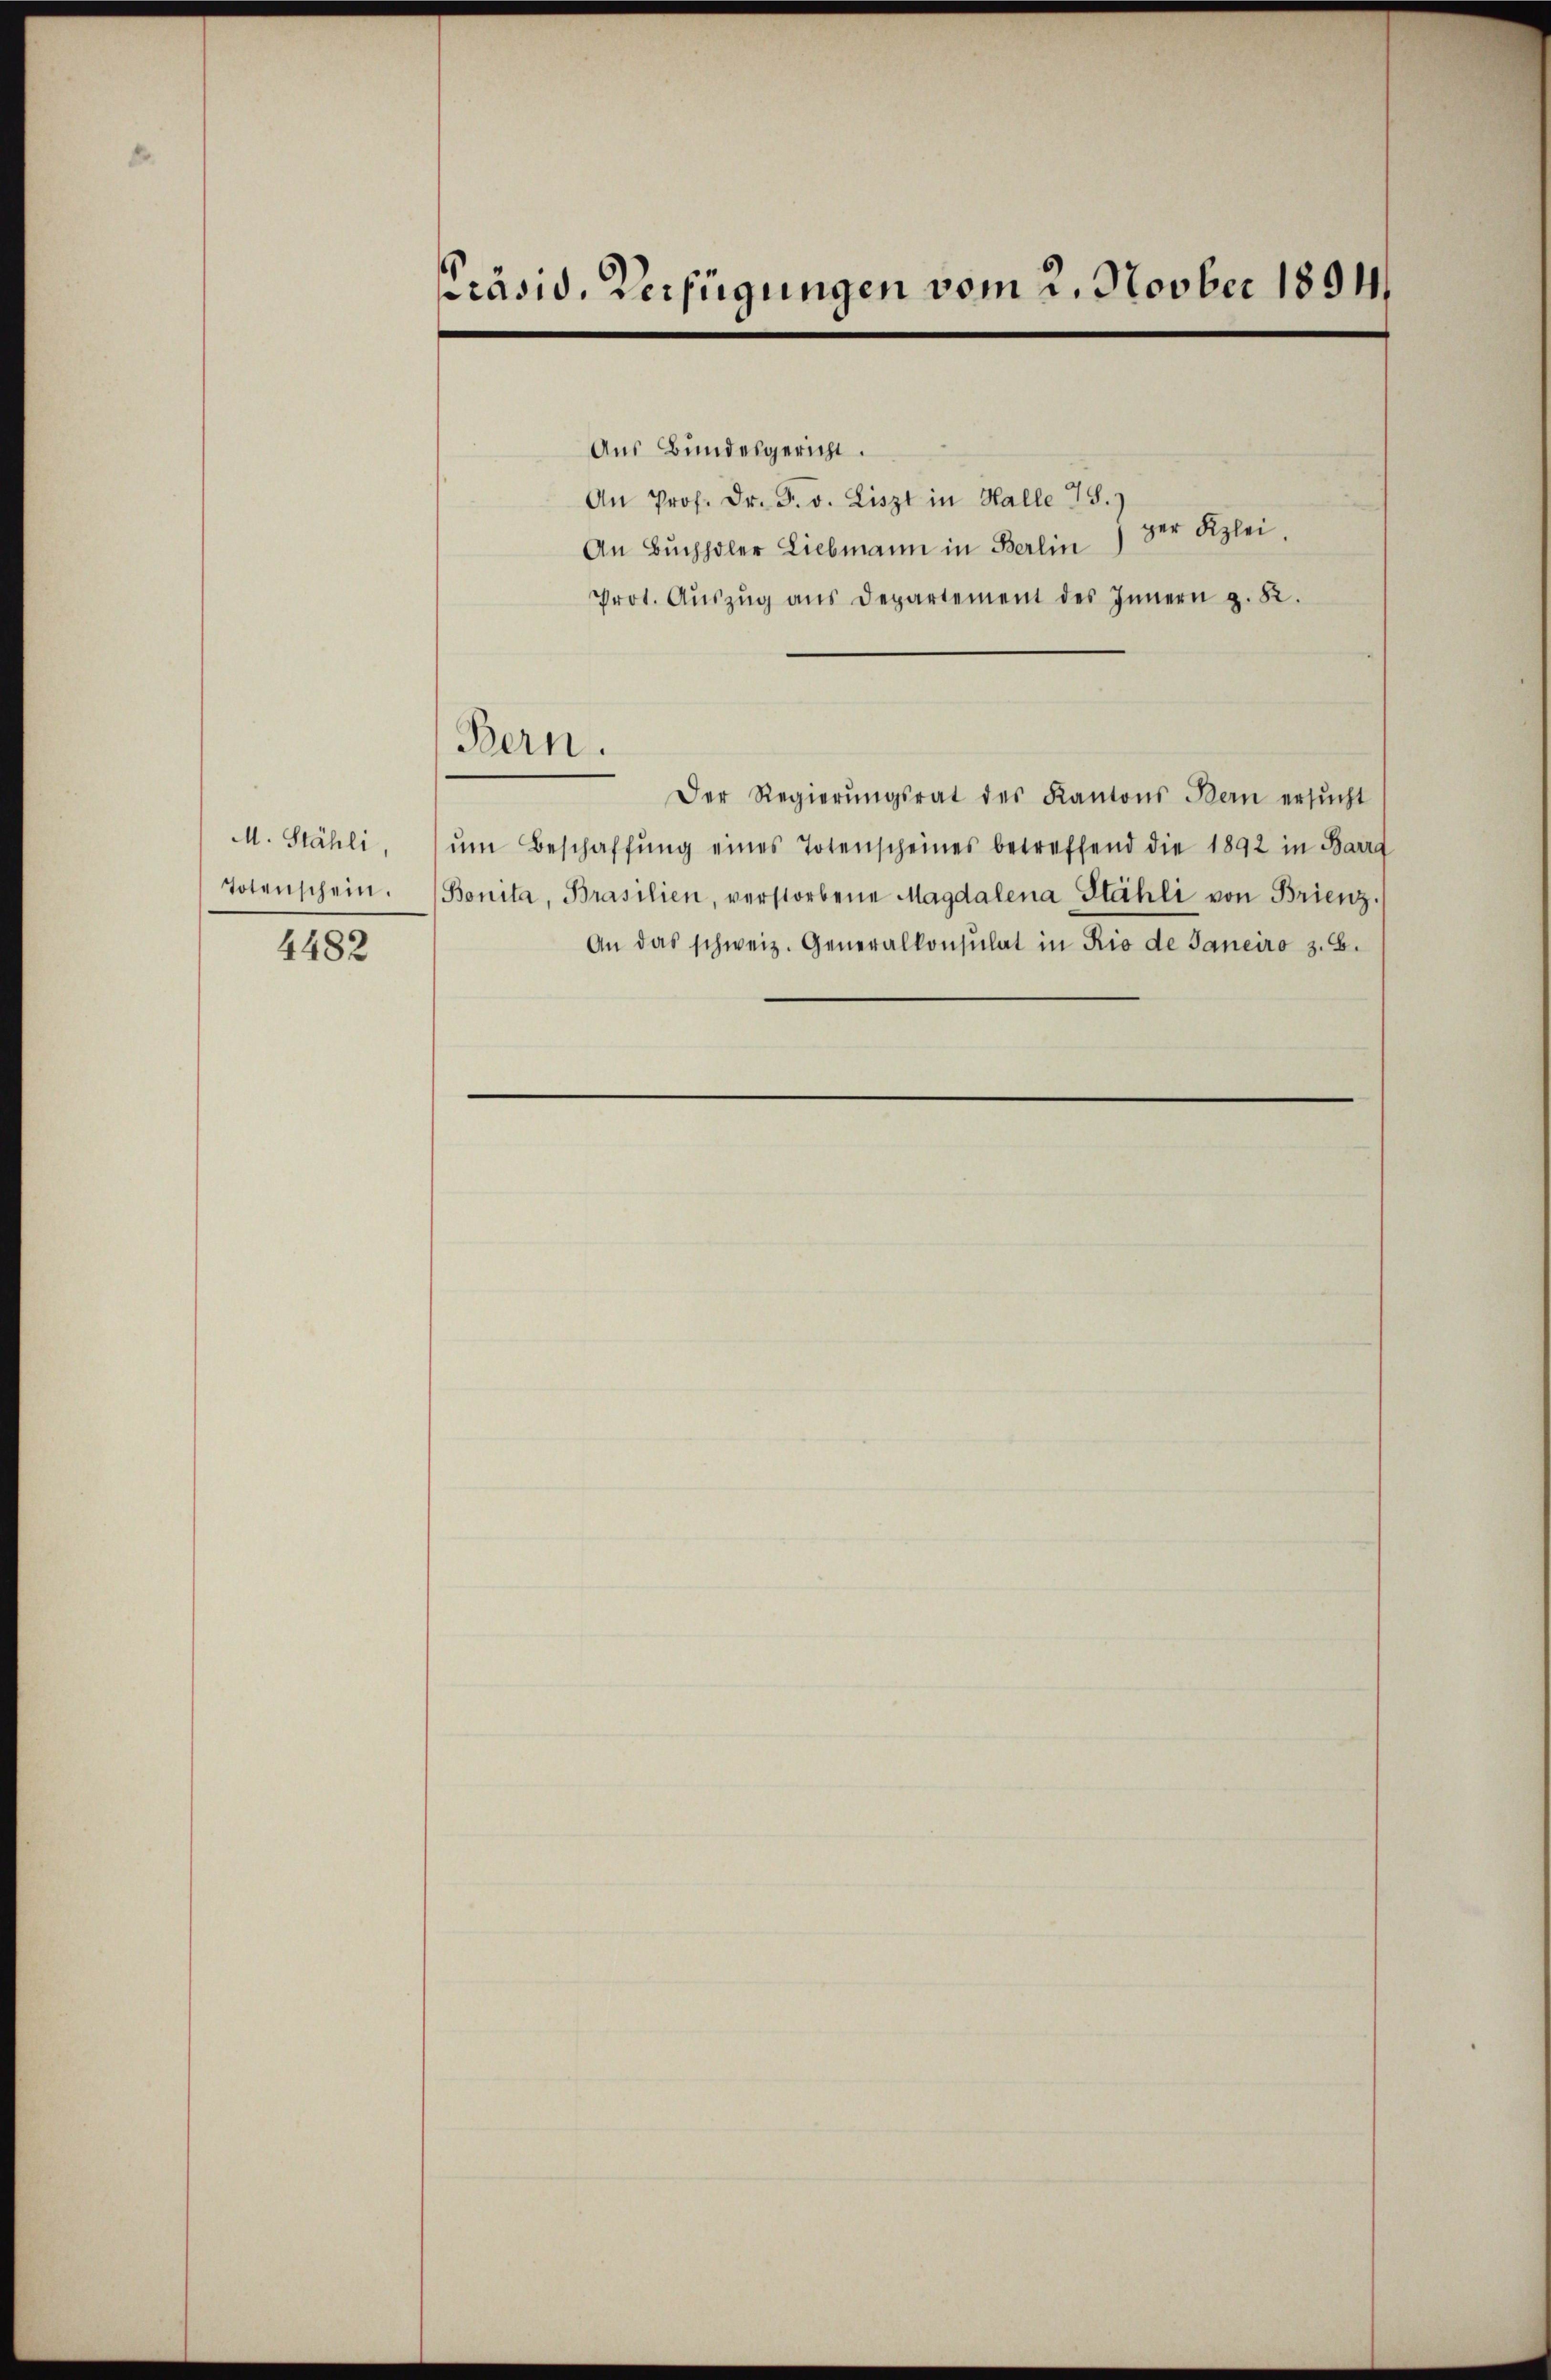
M. Stähli,
Totenschein.

4482

präsid. Verfügungen vom 2. Novber 1894

Aus Bundesgericht.
An Prof. Dr. F. v. Liszt in Halle 78.)
ger Kzlei.
An Buchholer Liebmann in Berlin
Prot. Aŭszŭg ans Departement des Innern z. 82.
Der Regierŭngsrat des Kantons Bern ersŭcht
ŭm Beschaffŭng eines Totenscheines betreffend die 1892 in Barra
Bonita, Brasilien, verstorbene Magdalena Stähli von Brienz,
An das schweiz. Generalkonsulat in Rio de Janeiro 3. B.

Bern.